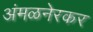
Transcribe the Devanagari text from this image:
अंमळनेरकर